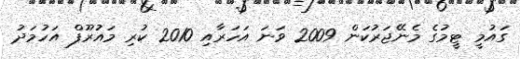
ގައުމީ ޓީމުގެ މެނޭޖަރުކަން 2009 ވަނަ އަހަރާއި 2010 ކުރި މައުރޫފް އަހުމަދު